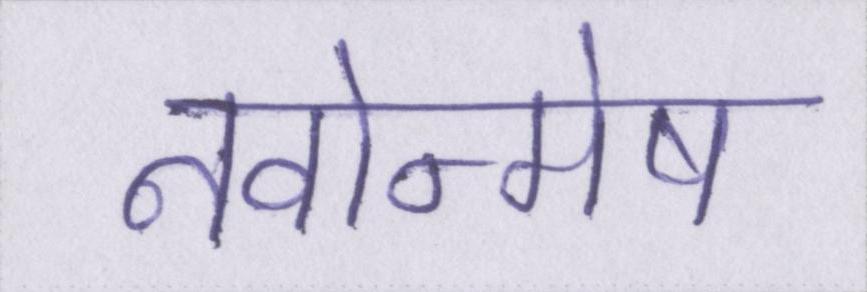
नवोन्मेष